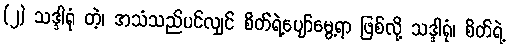
(၂) သဒ္ဒါရုံ တဲ့၊ အသံသည်ပင်လျှင် စိတ်ရဲ့ပျော်မွေ့ရာ ဖြစ်လို့ သဒ္ဒါရုံ၊ စိတ်ရဲ့